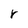
Character: r